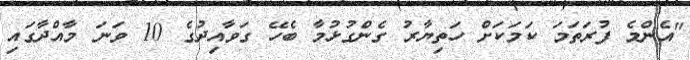
"އެންމެ ފުރަތަމަ ކަމަކަށް ހަތިޔާރު ގެންގުޅުމާ ބެހޭ ގަވާއިދުގެ 10 ވަނަ މާއްދާގައި